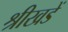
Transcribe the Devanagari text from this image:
श्रीखडें